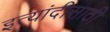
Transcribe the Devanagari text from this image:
इत्यांदीसाठी